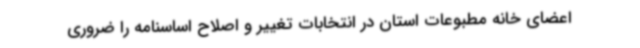
اعضای خانه مطبوعات استان در انتخابات تغییر و اصلاح اساسنامه را ضروری